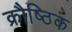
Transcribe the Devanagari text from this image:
क्रौष्ठिक